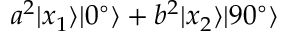
a ^ { 2 } | x _ { 1 } \rangle | 0 ^ { \circ } \rangle + b ^ { 2 } | x _ { 2 } \rangle | 9 0 ^ { \circ } \rangle